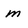
Character: m